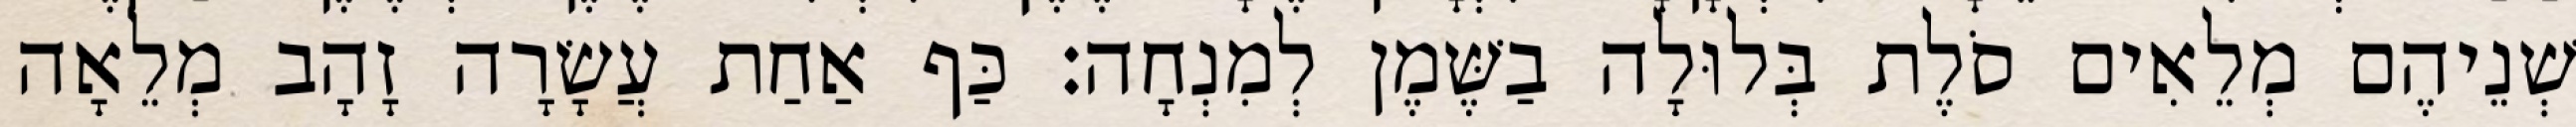
שְׁנֵיהֶם מְלֵאִים סֹלֶת בְּלוּלָה בַשֶּׁמֶן לְמִנְחָה׃ כַּף אַחַת עֲשָׂרָה זָהָב מְלֵאָה